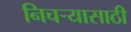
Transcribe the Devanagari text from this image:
निचर्‍यासाठी